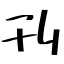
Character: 刊